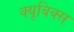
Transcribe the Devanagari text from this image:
क्यूबिक्स